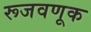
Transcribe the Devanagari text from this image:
रूजवणूक